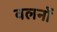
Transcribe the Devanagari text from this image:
वलनों